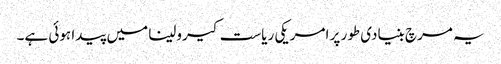
یہ مرچ بنیادی طور پر امریکی ریاست کیرولینا میں پیدا ہوئی ہے۔